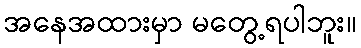
အနေအထားမှာ မတွေ့ရပါဘူး။